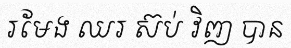
រមែង ឈរ ស៊ប់ វិញ បាន